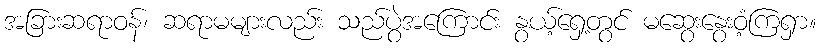
အခြားဆရာဝန်၊ ဆရာမများလည်း သည်ပွဲအကြောင်း နွယ့်ရှေ့တွင် မဆွေးနွေးဝံ့ကြရှာ။